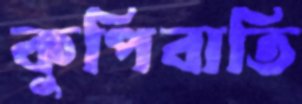
কুপিবাতি